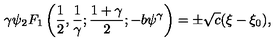
\gamma \psi { _ { 2 } F _ { 1 } } \left( { \frac { 1 } { 2 } } , { \frac { 1 } { \gamma } } ; { \frac { 1 + \gamma } { 2 } } ; - b \psi ^ { \gamma } \right) = \pm \sqrt { c } ( \xi - \xi _ { 0 } ) ,